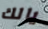
يالك